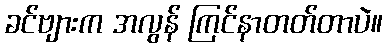
ခင်ဗျားက အလွန် ကြင်နာတတ်တာပဲ။